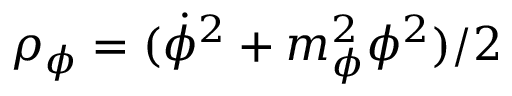
\rho _ { \phi } = ( \dot { \phi } ^ { 2 } + m _ { \phi } ^ { 2 } \phi ^ { 2 } ) / 2